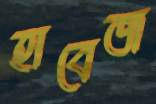
হাবেজ